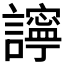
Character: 𧭈